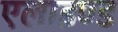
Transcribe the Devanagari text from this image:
एलाइण्ड